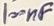
Text: 100nF